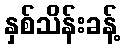
နှစ်သိန်းခန့်